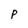
Character: p